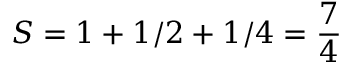
S = 1 + 1 / 2 + 1 / 4 = { \frac { 7 } { 4 } }